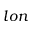
l o n